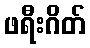
ဖရီးဂိတ်